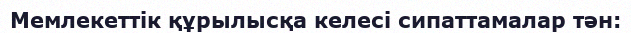
Мемлекеттік құрылысқа келесі сипаттамалар тән: